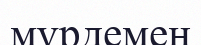
мүрдемен